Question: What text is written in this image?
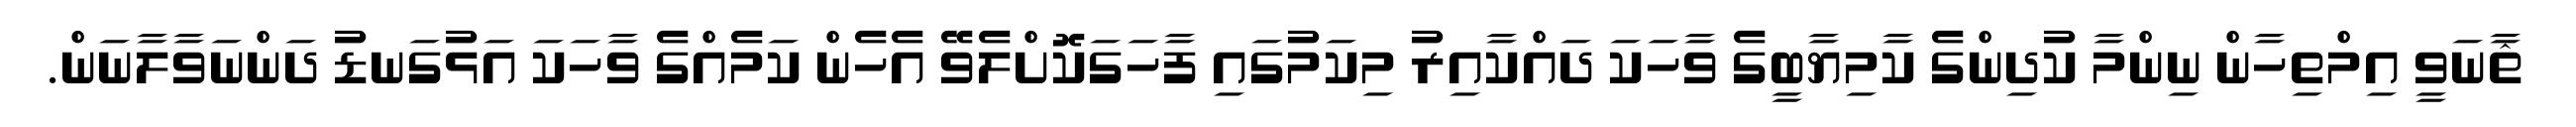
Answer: ޘާނަވީ އިމްތިހާން ނިންމާ ކުދިންގެ ކާމިޔާބީގެ ވާހަކަ ދައްކާއިރު މިކަމުގައި ފާހަގަކޮށްލެވޭ އެހެން ކަމެއްގެ ވާހަކަ އަޅުގަނޑު ދަންނަވާލާނަން.